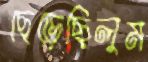
ছেড়েছিলুম